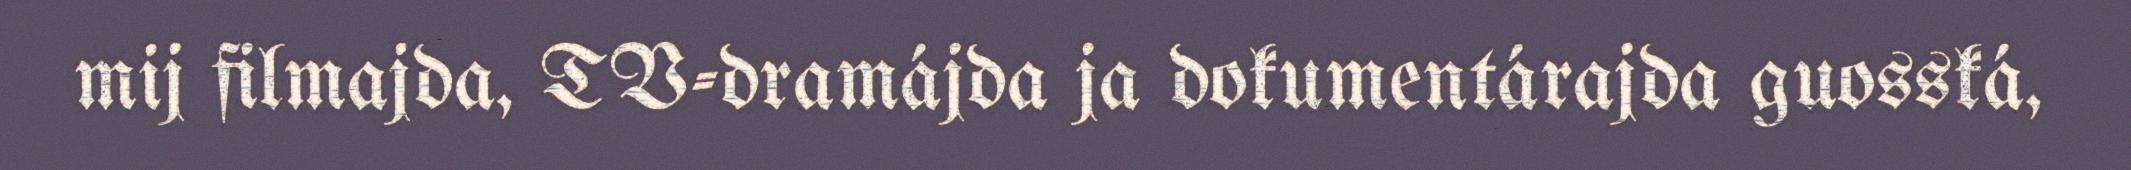
mij filmajda, TV-dramájda ja dokumentárajda guosská,